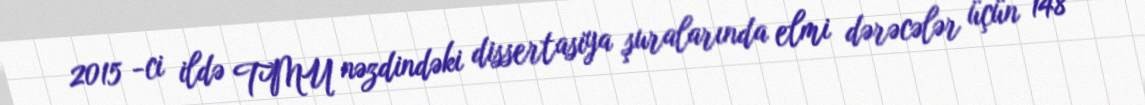
2015 -ci ildə TMU nəzdindəki dissertasiya şuralarında elmi dərəcələr üçün 148